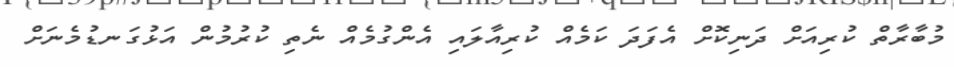
މުބާރާތް ކުރިއަށް ދަނިކޮށް އެފަދަ ކަމެއް ކުރިއާލައި އެންގުމެއް ނެތި ކުރުމުން އަޅުގަނޑުމެނަށް